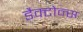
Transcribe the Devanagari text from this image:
डैक्टोन्स